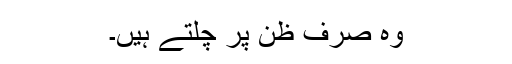
وہ صرف ظن پر چلتے ہیں۔